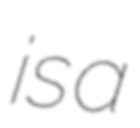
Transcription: is a